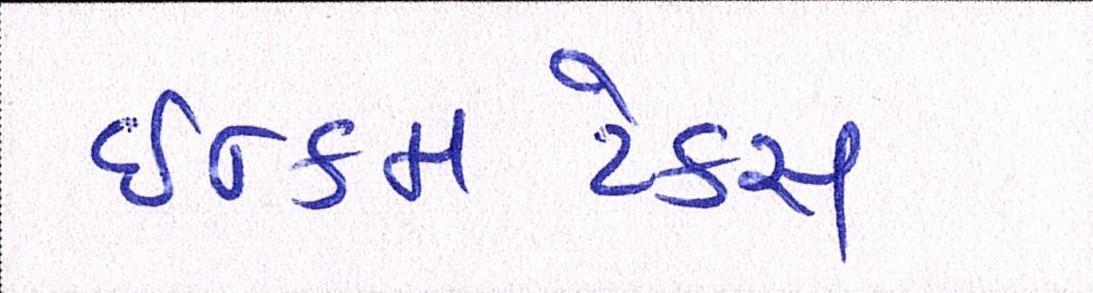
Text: ઇન્કમટેક્સ